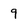
Character: 9